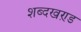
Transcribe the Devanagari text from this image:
शब्दखण़्ड